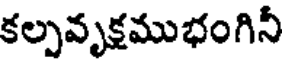
కల్పవృక్షముభంగినీ